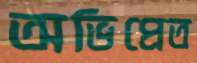
অভিপ্রেত